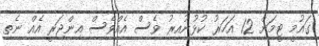
ގައުމީ ޓީމަށް 12 އަހަރު ކުޅުނުއިރު ވެސް އެއްވެސް އިންޖަރީ އެއް ނެތި